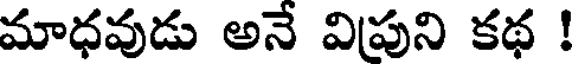
మాధవుడు అనే విపుని కథ !